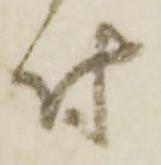
付